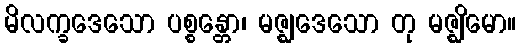
မိလက္ခဒေသော ပစ္စန္တော၊ မဇ္ဈဒေသော တု မဇ္ဈိမော။